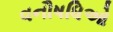
વનૌષધિઓ